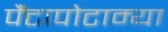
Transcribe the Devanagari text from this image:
पैंटापोटाम्या